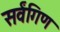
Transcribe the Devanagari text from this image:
सर्वंगिण